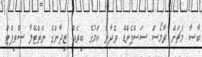
ބާސާ މެޗަށް ރާމޯސް ސަސްޕެންޑް ވެދާނެ ކަމުގެ ބިރެއް ޒިދާންގެ ނެތްޓޭލާ ސްވިފްޓް